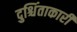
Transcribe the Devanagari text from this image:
दुश्चिंताकारी